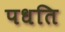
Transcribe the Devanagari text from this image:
पधति